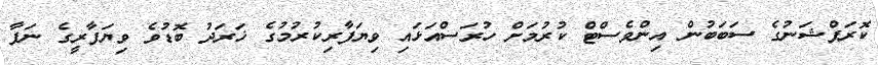
ކޮރަޕްޝަނުގެ ސަބަބުން އިންވެސްޓް ކުރުމަށް ހުރަސްއަޅައި ވިޔަފާރިކުރުމުގެ ޚަރަދު ބޮޑުވެ ވިޔަފާރީގެ ނަފާ